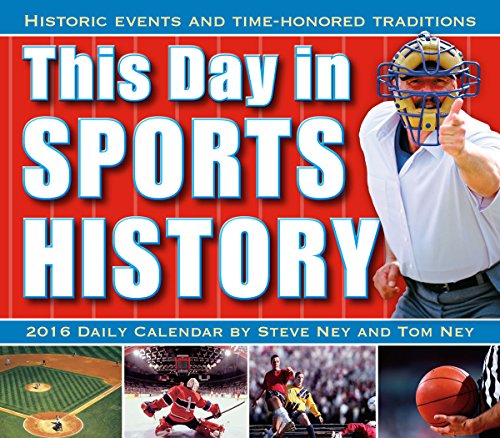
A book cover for This Day in Sports History 2016 Boxed/Daily Calendar; Steve & Ney, Tom Ney; Calendars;